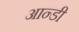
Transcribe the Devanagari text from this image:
आन्डी